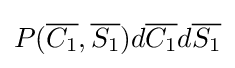
P({\overline {C_{1}}},{\overline {S_{1}}})d{\overline {C_{1}}}d{\overline {S_{1}}}